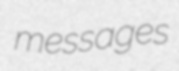
messages